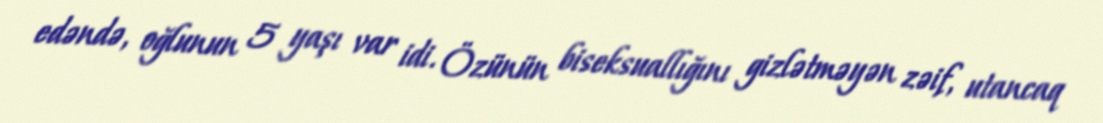
edəndə, oğlunun 5 yaşı var idi. Özünün biseksuallığını gizlətməyən zəif, utancaq